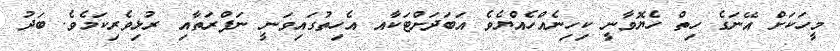
މީހަކަށް އޭނަގެ ހިތް ހެޔޮވާނީ ކިހިނެއްހެއްޔެވެ އަބަދަށްޓަކާއ އެހިތުގައިވަނީ ނަފްރަތާއި ރުޅިވެރިކަމެވެ. ބަދު